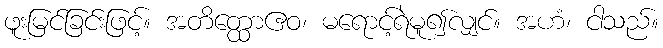
ဖူးမြင်ခြင်းဖြင့်။ အတိတ္ထောဧဝ၊ မရောင့်ရဲမူ၍လျှင်။ အဟံ၊ ငါသည်။